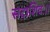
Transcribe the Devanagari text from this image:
सदाशिवः।।